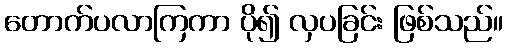
တောက်ပလာကြကာ ပို၍ လှပခြင်း ဖြစ်သည်။